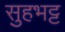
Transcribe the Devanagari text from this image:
सुहभट्ट